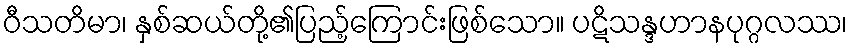
ဝီသတိမာ၊ နှစ်ဆယ်တို့၏ပြည့်ကြောင်းဖြစ်သော။ ပဋိသန္ဒဟာနပုဂ္ဂလဿ၊